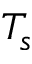
T _ { s }